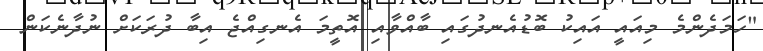
"ހަމަދެންމެ މިއައީ އައިކު ބޮޑުއެނދުގައި ބާއްވާއި އޮތީމަ އެނގިއްޖެ އިބާ ދުރަކަށް ނުދާނެކަން